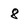
Character: 8